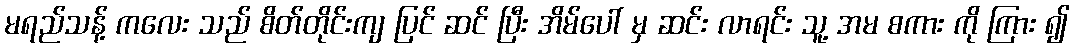
မရည်သန့် ကလေး သည် စိတ်တိုင်းကျ ပြင် ဆင် ပြီး အိမ်ပေါ် မှ ဆင်း လာရင်း သူ့ အမ စကား ကို ကြား ၍